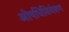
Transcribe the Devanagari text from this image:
ओषधिनियंत्रण